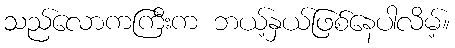
သည်လောကကြီးက ဘယ့်နှယ်ဖြစ်နေပါလိမ့်။